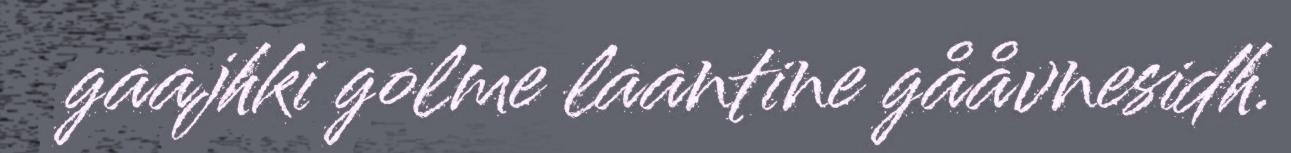
gaajhki golme laantine gååvnesidh.